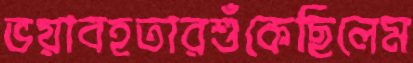
ভয়াবহতারশুঁকেছিলেম